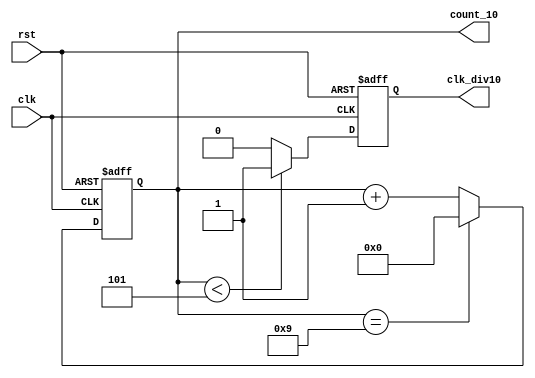
module counter_v4(
    input clk,
    input rst,
    output reg [3:0] count_10,
    output reg       clk_div10
);

always @ (posedge clk or negedge rst)
begin
    if (!rst)
    begin
        count_10  <= 0;
    end
    else if (count_10 == 9)
    begin
        count_10 <= 0;
    end
    else
        count_10 <= count_10 + 1;
end

always @ (posedge clk or negedge rst)
begin
    if (!rst)
    begin
        clk_div10 <= 0;
    end
    else if (count_10 < 5)
    begin
        clk_div10 <= 1;
    end
    else
        clk_div10 <= 0;
end

endmodule